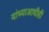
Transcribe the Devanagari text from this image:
यांच्याआधीही